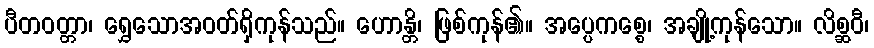
ပီတဝတ္တာ၊ ရွှေသောအဝတ်ရှိကုန်သည်။ ဟောန္တိ၊ ဖြစ်ကုန်၏။ အပ္ပေကစ္စေ၊ အချို့ကုန်သော။ လိစ္ဆဝီ၊